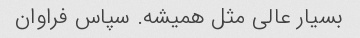
بسیار عالی مثل همیشه. سپاس فراوان